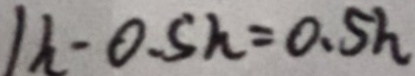
1 h - 0 . 5 h = 0 . 5 h